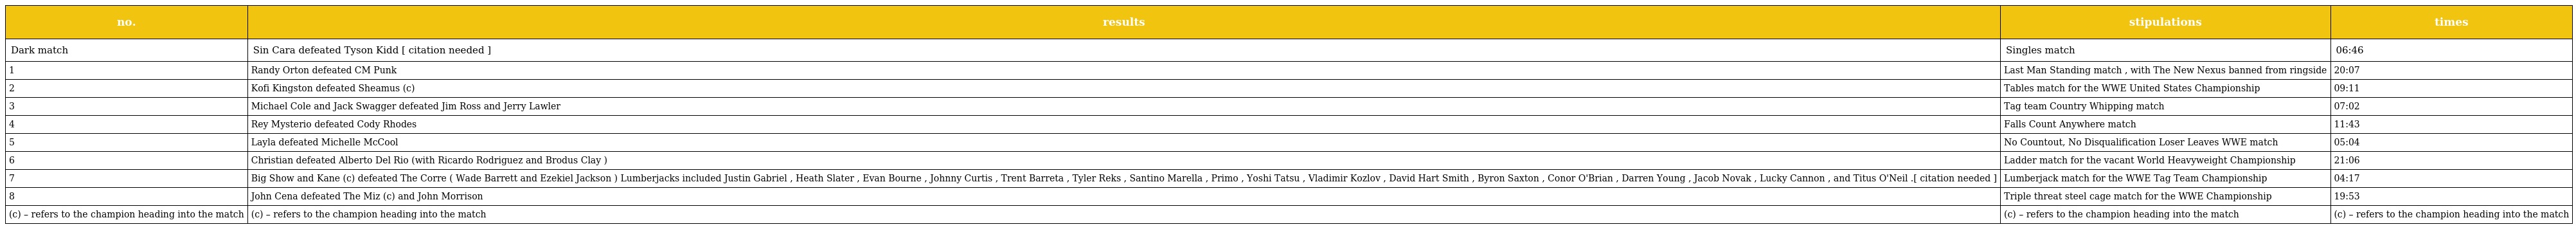
| no. | results | stipulations | times |
 | --- | --- | --- | --- |
 | Dark match | Sin Cara defeated Tyson Kidd [ citation needed ] | Singles match | 06:46 |
 | 1 | Randy Orton defeated CM Punk | Last Man Standing match , with The New Nexus banned from ringside | 20:07 |
 | 2 | Kofi Kingston defeated Sheamus (c) | Tables match for the WWE United States Championship | 09:11 |
 | 3 | Michael Cole and Jack Swagger defeated Jim Ross and Jerry Lawler | Tag team Country Whipping match | 07:02 |
 | 4 | Rey Mysterio defeated Cody Rhodes | Falls Count Anywhere match | 11:43 |
 | 5 | Layla defeated Michelle McCool | No Countout, No Disqualification Loser Leaves WWE match | 05:04 |
 | 6 | Christian defeated Alberto Del Rio (with Ricardo Rodriguez and Brodus Clay ) | Ladder match for the vacant World Heavyweight Championship | 21:06 |
 | 7 | Big Show and Kane (c) defeated The Corre ( Wade Barrett and Ezekiel Jackson ) Lumberjacks included Justin Gabriel , Heath Slater , Evan Bourne , Johnny Curtis , Trent Barreta , Tyler Reks , Santino Marella , Primo , Yoshi Tatsu , Vladimir Kozlov , David Hart Smith , Byron Saxton , Conor O'Brian , Darren Young , Jacob Novak , Lucky Cannon , and Titus O'Neil .[ citation needed ] | Lumberjack match for the WWE Tag Team Championship | 04:17 |
 | 8 | John Cena defeated The Miz (c) and John Morrison | Triple threat steel cage match for the WWE Championship | 19:53 |
 | (c) – refers to the champion heading into the match | (c) – refers to the champion heading into the match | (c) – refers to the champion heading into the match | (c) – refers to the champion heading into the match |